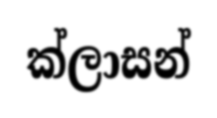
ක්ලාසන්